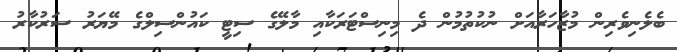
ބެލެނިވެރިން މުޒާހަރާއަށް ނުކުތުމުން ދެ މިނިސްޓަރަކާއި މާލޭގެ ސިޓީ ކައުންސިލްގެ މޭޔަރު ސަރުކާރު